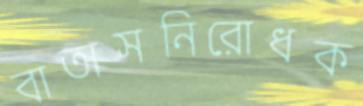
বাতাসনিরোধক